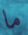
ما